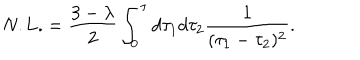
LaTeX: \mathrm { N . L . } = \frac { 3 - \lambda } { 2 } \int _ { 0 } ^ { \tau } d \tau _ { 1 } d \tau _ { 2 } \frac { 1 } { ( \tau _ { 1 } - \tau _ { 2 } ) ^ { 2 } } .